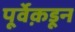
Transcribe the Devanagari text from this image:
पूर्वेक़डून